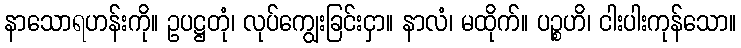
နာသောရဟန်းကို။ ဥပဋ္ဌတုံ၊ လုပ်ကျွေးခြင်းငှာ။ နာလံ၊ မထိုက်။ ပဉ္စဟိ၊ ငါးပါးကုန်သော။